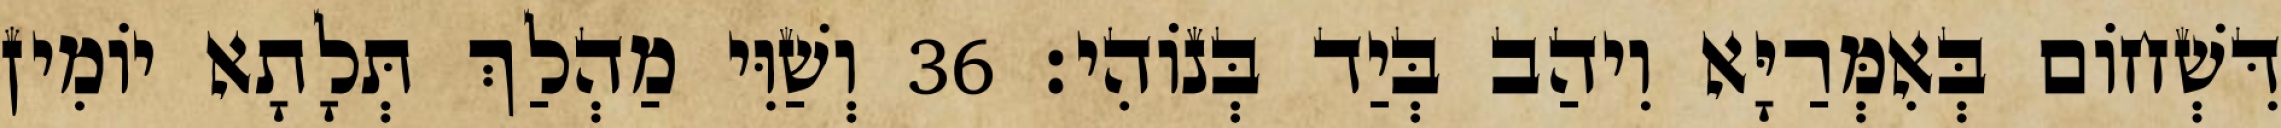
דִּשְׁחוֹם בְּאִמְּרַיָּא וִיהַב בְּיַד בְּנוֹהִי׃ 36 וְשַׁוִּי מַהְלַךְ תְּלָתָא יוֹמִין